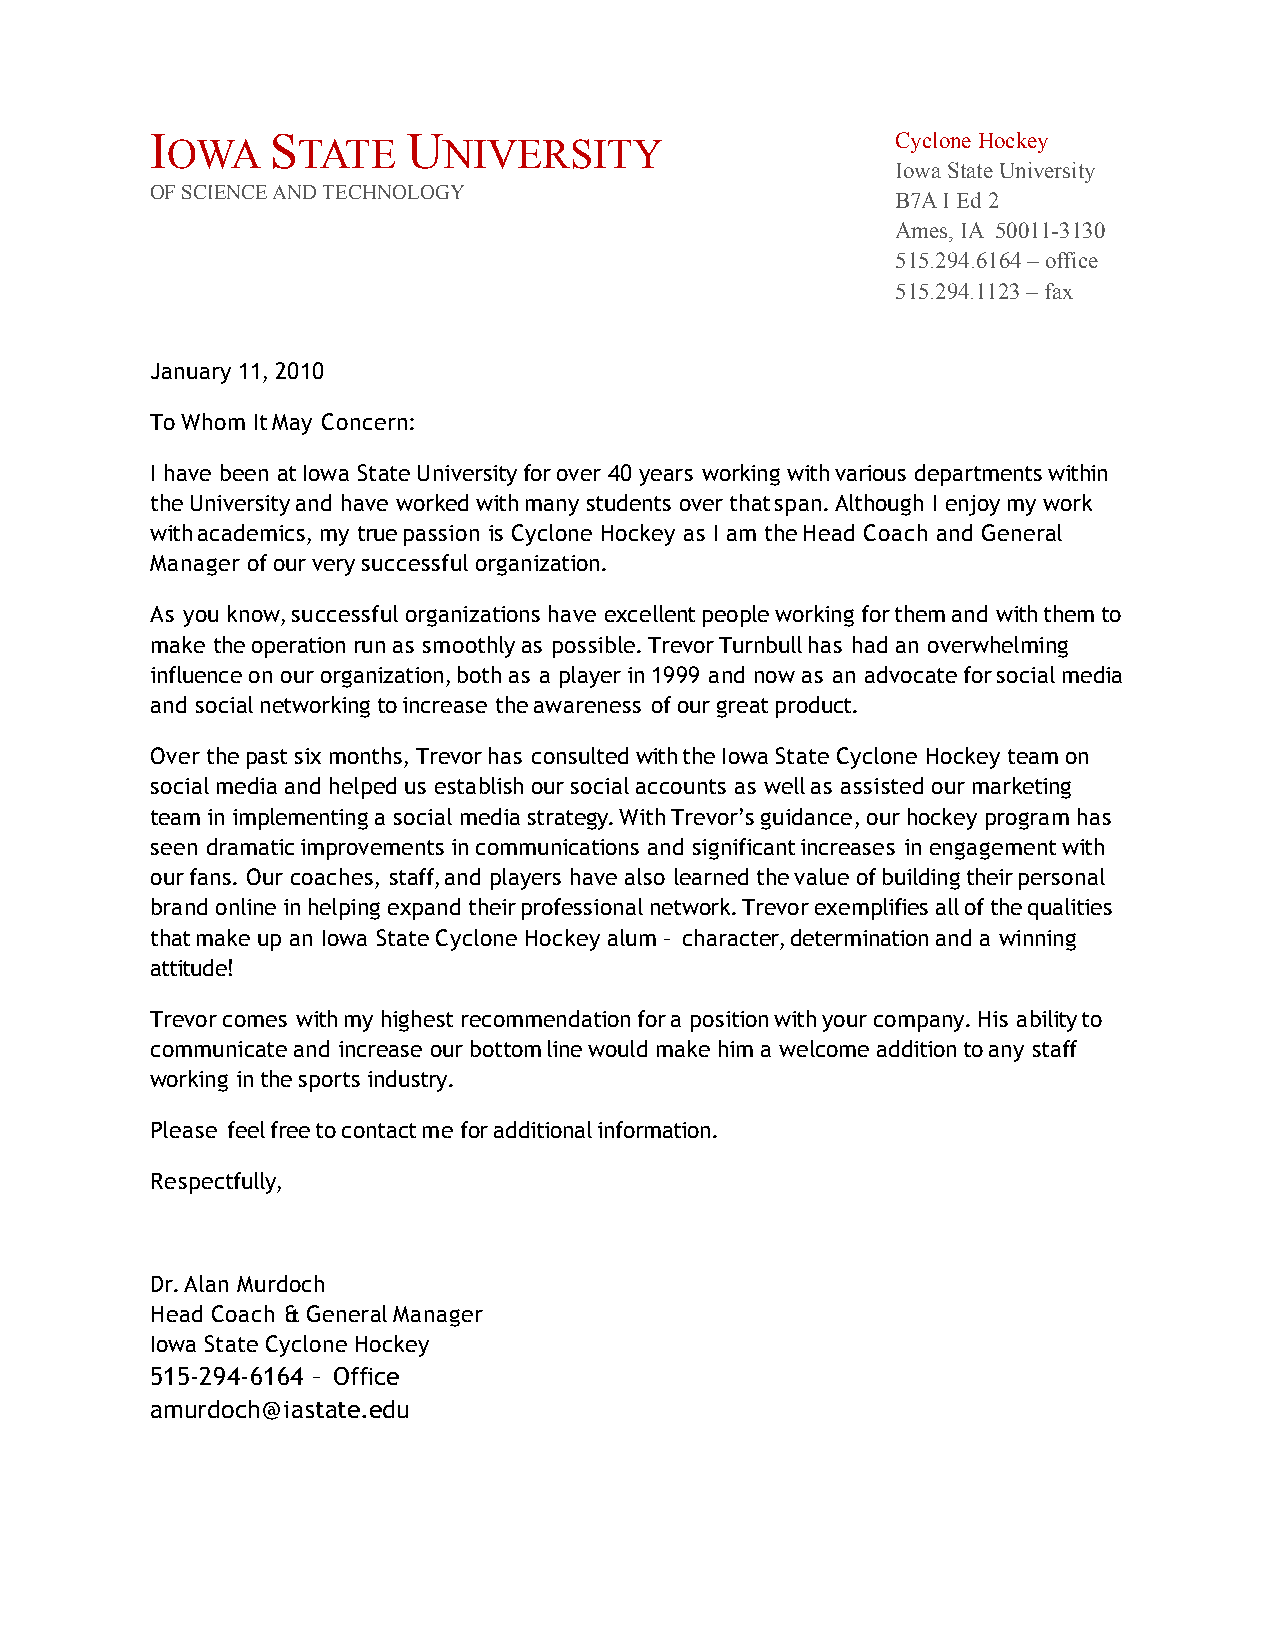
I OWA   S TATE   U NIVERSITY                     Cyclone Hockey
 Iowa State University
 OF SCIENCE AND TECHNOLOGY
 B7A I Ed 2
 Ames, IA 50011-3130
 515.294.6164 – office
 515.294.1123 – fax
 January 11, 2010
 To Whom It May Concern:
 I have been at Iowa State University for over 40 years working with various departments within
 the University and have worked with many students over that span. Although I enjoy my work
 with academics, my true passion is Cyclone Hockey as I am the Head Coach and General
 Manager of our very successful organization.
 As you know, successful organizations have excellent people working for them and with them to
 make the operation run as smoothly as possible. Trevor Turnbull has had an overwhelming
 influence on our organization, both as a player in 1999 and now as an advocate for social media
 and social networking to increase the awareness of our great product.
 Over the past six months, Trevor has consulted with the Iowa State Cyclone Hockey team on
 social media and helped us establish our social accounts as well as assisted our marketing
 team in implementing a social media strategy. With Trevor’s guidance, our hockey program has
 seen dramatic improvements in communications and significant increases in engagement with
 our fans. Our coaches, staff, and players have also learned the value of building their personal
 brand online in helping expand their professional network. Trevor exemplifies all of the qualities
 that make up an Iowa State Cyclone Hockey alum – character, determination and a winning
 attitude!
 Trevor comes with my highest recommendation for a position with your company. His ability to
 communicate and increase our bottom line would make him a welcome addition to any staff
 working in the sports industry.
 Please feel free to contact me for additional information.
 Respectfully,
 Dr. Alan Murdoch
 Head Coach & General Manager
 Iowa State Cyclone Hockey
 515-294-6164 – Office
 amurdoch@iastate.edu